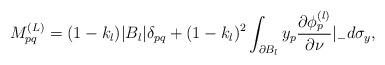
LaTeX: \begin{align*}{M}^{(L)}_{pq}=(1-k_{l})|B_{l}|\delta_{pq}+(1-k_{l})^{2}\int_{\partial B_{l}}y_{p} \frac{\partial\phi_{p}^{(l)}}{\partial \nu}|_{-}d\sigma_{y},\end{align*}